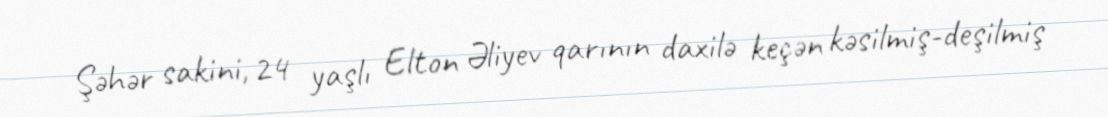
Şəhər sakini, 24 yaşlı Elton Əliyev qarının daxilə keçən kəsilmiş-deşilmiş